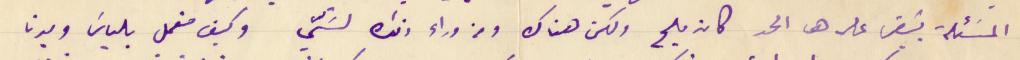
المسَئلة تبقىى على ها الحد كان مليح ولكن هناك ومن وراء ذلك لسَيّ وكيف منعمل بلياسَ وبدنا